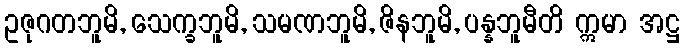
ဥဇုဂတဘူမိ, သေက္ခဘူမိ, သမဏဘူမိ, ဇိနဘူမိ, ပန္နဘူမီတိ ဣမာ အဋ္ဌ